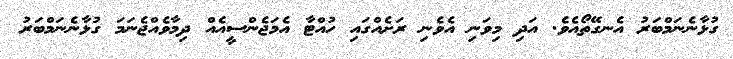
ގުޅާނެނަމްބަރު އެނގޭތޯއެވެ. އަދި މިވަނި އެވެނި ރަށެއްގައި ހުއްޓާ އެމަޖެންސީއެއް ދިމާވެއްޖެނަމަ ގުޅާނެނަމްބަރު